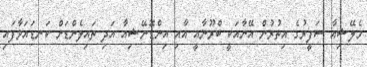
މެލޭޝިއާ ސަފީރުގެ އިތުރުން އޭނާއަކީ ބްރޫނާއީ އާއި އިންޑޮނޭޝިއާ އަދި ތައިލެންޑަށް ކަނޑައަޅާފައި